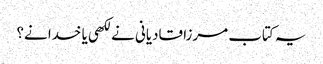
یہ کتاب مرزا قادیانی نے لکھی یا خدا نے؟